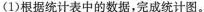
(1)根据统计表中的数据，完成统计图。